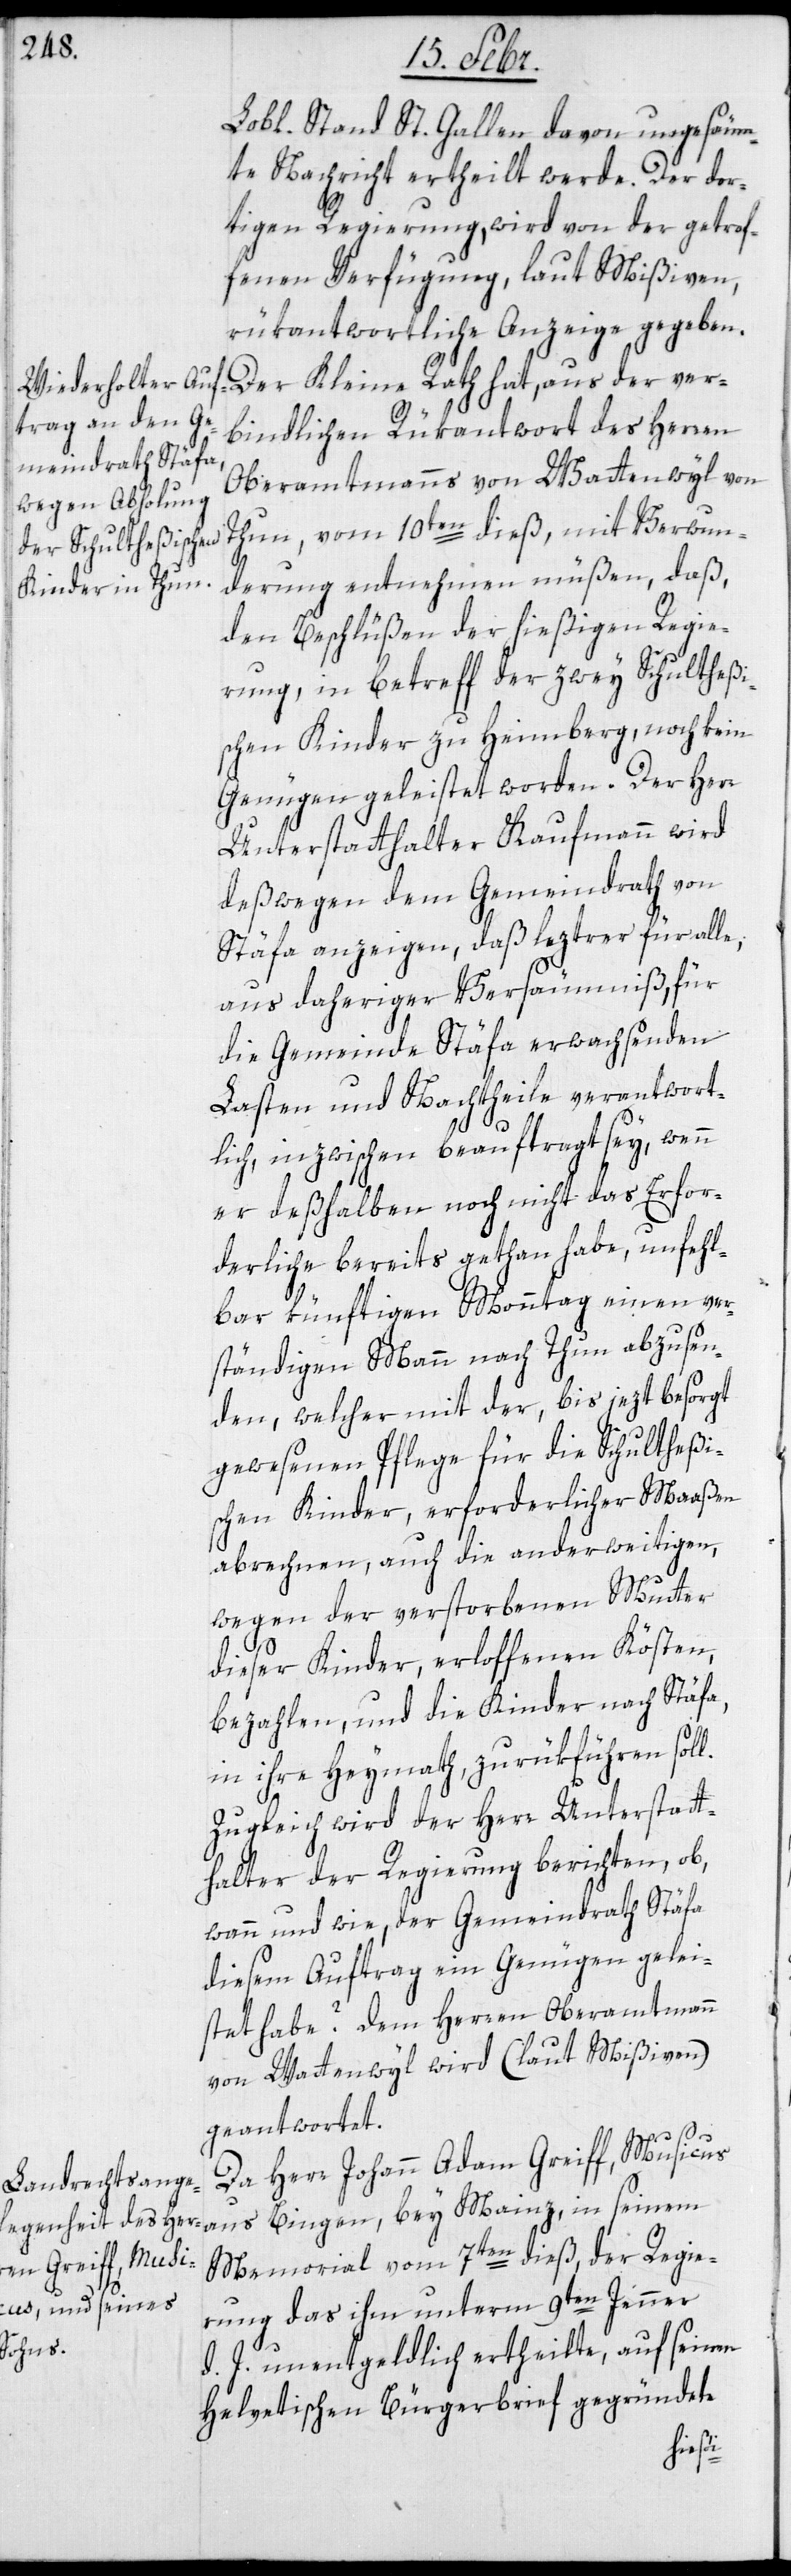
Lobl. Stand St. Gallen davon ungesäum¬
te Nachricht ertheilt werde. Der dor¬
tigen Regierung, wird von der getrof¬
fenen Verfügung, laut Mißiven,
rükantwortliche Anzeige gegeben.
Der Kleine Rath hat, aus der ver¬
bindlichen Rükantwort des Herren
Oberamtmanns von Wattenwyl von
Thun, vom 10ten dieß, mit Verwun¬
derung entnehmen müßen, daß,
den Beschlüßen der hießigen Regie¬
rung, in Betreff der zwey Schultheßi¬
schen Kinder zu Heimberg, noch kein
Genügen geleistet worden. Der Herr
Unterstatthalter Kaufmann wird
deßwegen dem Gemeindrath von
Stäfa anzeigen, daß leztrer für alle;
aus daheriger Versäumniß, für
die Gemeinde Stäfa erwachsenden
Lasten und Nachtheile verantwort¬
lich, inzwischen beauftragt sey, wenn
er deßhalben noch nicht das Erfor¬
derliche bereits gethan habe, unfehl¬
bar künftigen Monntag einen ver¬
ständigen Mann nach Thun abzusen¬
den, welcher mit der, bis jezt besorgt
gewesenen Pflege für die Schultheßi¬
schen Kinder, erforderlicher Maaßen
abrechnen, auch die anderweitigen,
wegen der verstorbenen Mutter
dieser Kinder, erloffenen Kösten,
bezahlen, und die Kinder nach Stäfa,
in ihre Heymath, zurükführen soll.
Zugleich wird der Herr Unterstatt¬
halter der Regierung berichten, ob,
wann und wie, der Gemeindrath Stäfa
diesem Auftrag ein Genügen gelei¬
stet habe? Dem Herren Oberamtmann
von Wattenwyl wird (laut Mißiven)
geantwortet.
Da Herr Johann Adam Greiff, Musicus
aus Bingen, bey Mainz, in seinem
Memorial vom 7ten dieß, der Regie¬
rung das ihm unterm 9ten Jenner
d. J. unentgeldlich ertheilte, auf seinen
Helvetischen Bürgerbrief gegründete